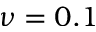
\nu = 0 . 1